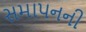
સમાપનની